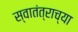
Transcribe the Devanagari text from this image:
स्वातंत्राच्या